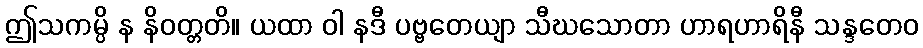
ဤသကမ္ပိ န နိဝတ္တတိ။ ယထာ ဝါ နဒီ ပဗ္ဗတေယျာ သီဃသောတာ ဟာရဟာရိနီ သန္ဒတေဝ